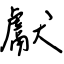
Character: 獻